Annual report on the Civil Veterinary Department, Burma (including the Insein Veterinary School) - 1923-1931
Year: 1923
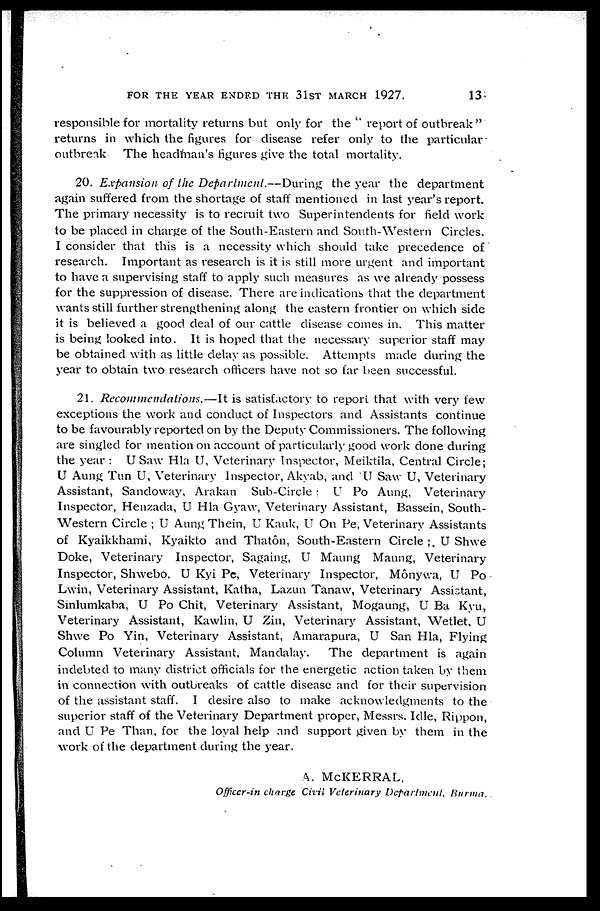
FOR THE YEAR ENDED THE 31ST MARCH 1927.
13
responsible for mortality returns but only for the " report of outbreak "
returns in which the figures for disease refer only to the particular
outbreak. The headman's figures give the total mortality.
20. Expansion of the Department.—During
the year the department
again suffered from the shortage of staff mentioned in last year's report.
The primary necessity is to recruit two Superintendents for field work
to be placed in charge of the South-Eastern and South-Western Circles.
I consider that this is a necessity which should take precedence of
research. Important as research is it is still more urgent and important
to have a supervising staff to apply such measures as we already possess
for the suppression of disease. There are indications that the department
wants still further strengthening along the eastern frontier on which side
it is believed a good deal of our cattle disease comes in. This matter
is being looked into. It is hoped that the necessary superior staff may
be obtained with as little delay as possible. Attempts made during the
year to obtain two research officers have not so far been successful.
21. Recommendations.—It
is satisfactory to report that with very few
exceptions the work and conduct of Inspectors and Assistants continue
to be favourably reported on by the Deputy Commissioners. The following
are singled for mention on account of particularly good work done during
the year : U Saw Hla U, Veterinary Inspector, Meiktila, Central Circle;
U Aung Tun U, Veterinary Inspector, Akyab, and U Saw U, Veterinary
Assistant, Sandoway, Arakan Sub-Circle ; U Po Aung, Veterinary
Inspector, Henzada, U Hla Gyaw, Veterinary Assistant, Bassein, South-
western Circle ; U Aung Thein, U Kauk, U On Pe, Veterinary Assistants
of Kyaikkhami, Kyaikto and Thatôn, South-Eastern Circle ; U Shwe
Doke, Veterinary Inspector, Sagaing, U Maung Maung, Veterinary
Inspector, Shwebo, U Kyi Pe, Veterinary Inspector, Mônywa, U Po
Lwin, Veterinary Assistant, Katha, Lazun Tanaw, Veterinary Assistant,
Sinlumkaba, U Po Chit, Veterinary Assistant, Mogaung, U Ba Kyu,
Veterinary Assistant, Kawlin, U Zin, Veterinary Assistant, Wetlet, U
Shwe Po Yin, Veterinary Assistant, Amarapura, U San Hla, Flying
Column Veterinary Assistant, Mandalay.
The department is again
indebted to many district officials for the energetic action taken by them
in connection with outbreaks of cattle disease and for their supervision
of the assistant staff. I desire also to make acknowledgments to the
superior staff of the Veterinary Department proper, Messrs. Idle, Rippon,
and U Pe Than, for the loyal help and support given by them in the
work of the department during the year.
A. McKERRAL,
Officer-in charge Civil Veterinary Department,
Burma.